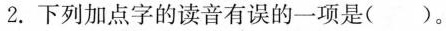
2.下列加点字的读音有误的一项是( )。